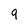
Character: 9